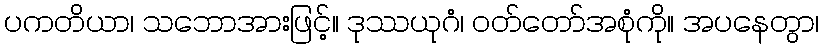
ပကတိယာ၊ သဘောအားဖြင့်။ ဒုဿယုဂံ၊ ဝတ်တော်အစုံကို။ အပနေတွာ၊